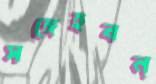
সঙ্গেহবন্